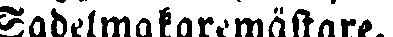
Sadelmakaremästare.